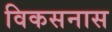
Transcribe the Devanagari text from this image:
विकसनास